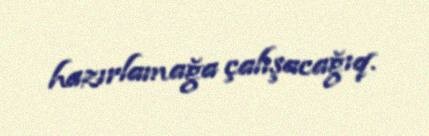
hazırlamağa çalışacağıq.